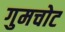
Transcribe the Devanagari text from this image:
गुमचोट